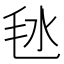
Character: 㲑